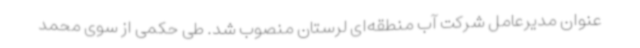
عنوان مدیرعامل شرکت آب منطقه‌ای لرستان منصوب شد. طی حکمی از سوی محمد